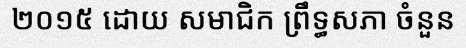
២០១៥ ដោយ សមាជិក ព្រឹទ្ធសភា ចំនួន